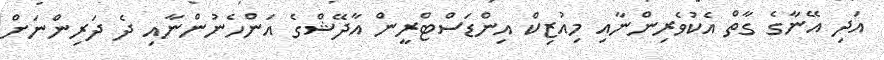
އަދި އޭނާގެ ގާތް އެކުވެރިންނާއި މިއުޒިކް އިންޑަސްޓްރީން އާދޭޝްގެ އަންހެނުންނާއި ދެ ދަރިންނަށް